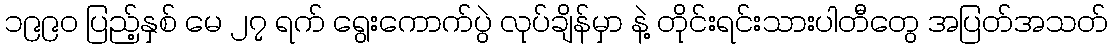
၁၉၉၀ ပြည့်နှစ် မေ ၂၇ ရက် ရွေးကောက်ပွဲ လုပ်ချိန်မှာ နဲ့ တိုင်းရင်းသားပါတီတွေ အပြတ်အသတ်